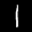
Label: 1